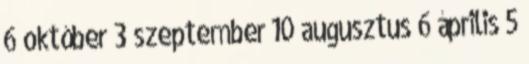
6 október 3 szeptember 10 augusztus 6 április 5